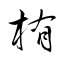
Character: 栯